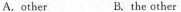
A.other B.The other